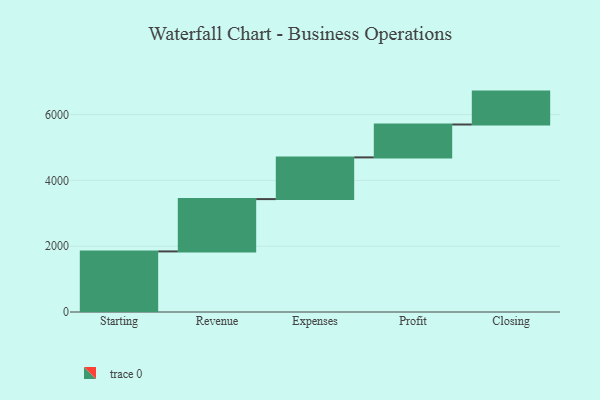
{"axis": {"x": "Step", "y": "Value"}, "legend": [""], "data": [{"x": "Starting", "y": 1842.0, "type": ""}, {"x": "Revenue", "y": 1590.0, "type": ""}, {"x": "Expenses", "y": 1268.0, "type": ""}, {"x": "Profit", "y": 1000, "type": ""}, {"x": "Closing", "y": 1000, "type": ""}]}